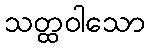
သတ္ထဝါသော